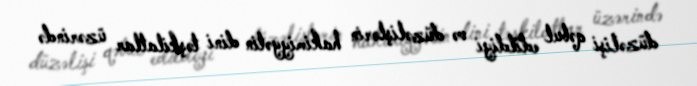
düzəlişi qəbul edildiyi və düzəlişlərin hakimiyyətin dini təşkilatlar üzərində